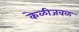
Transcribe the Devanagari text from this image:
केळीजवळ